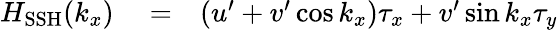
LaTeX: \begin{array}{rlr}{H_{\mathrm{SSH}}(k_{x})}&{{}=}&{(u^{\prime}+v^{\prime}\cos k_{x})\tau_{x}+v^{\prime}\sin k_{x}\tau_{y}}\end{array}